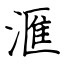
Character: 滙